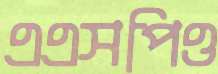
এএসপিও